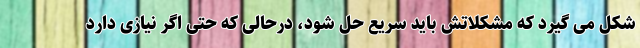
شکل می گیرد که مشکلاتش باید سریع حل شود، درحالی که حتی اگر نیازی دارد